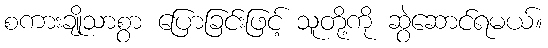
စကားချိုသာစွာ ပြောခြင်းဖြင့် သူတို့ကို ဆွဲဆောင်ရမယ်။